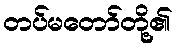
တပ်မတော်တို့၏